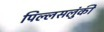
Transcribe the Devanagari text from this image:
पिल्लसलुंकी